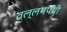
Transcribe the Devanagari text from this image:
वल्लभपंथी